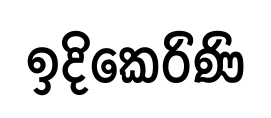
ඉදිකෙරිණි